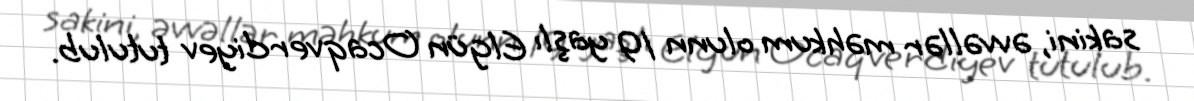
sakini, əvvəllər məhkum olunn 19 yaşlı Elgün Ocaqverdiyev tutulub.